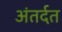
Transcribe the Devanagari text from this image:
अंतर्दत